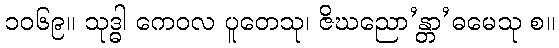
၁၀၆၉။ သုဒ္ဓါ ကေဝလ ပူတေသု၊ ဇိဃညော’န္တာ’ဓမေသု စ။